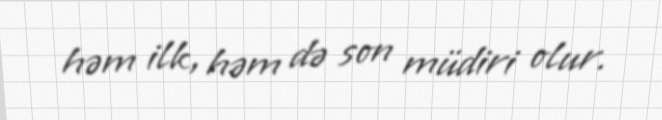
həm ilk, həm də son müdiri olur.